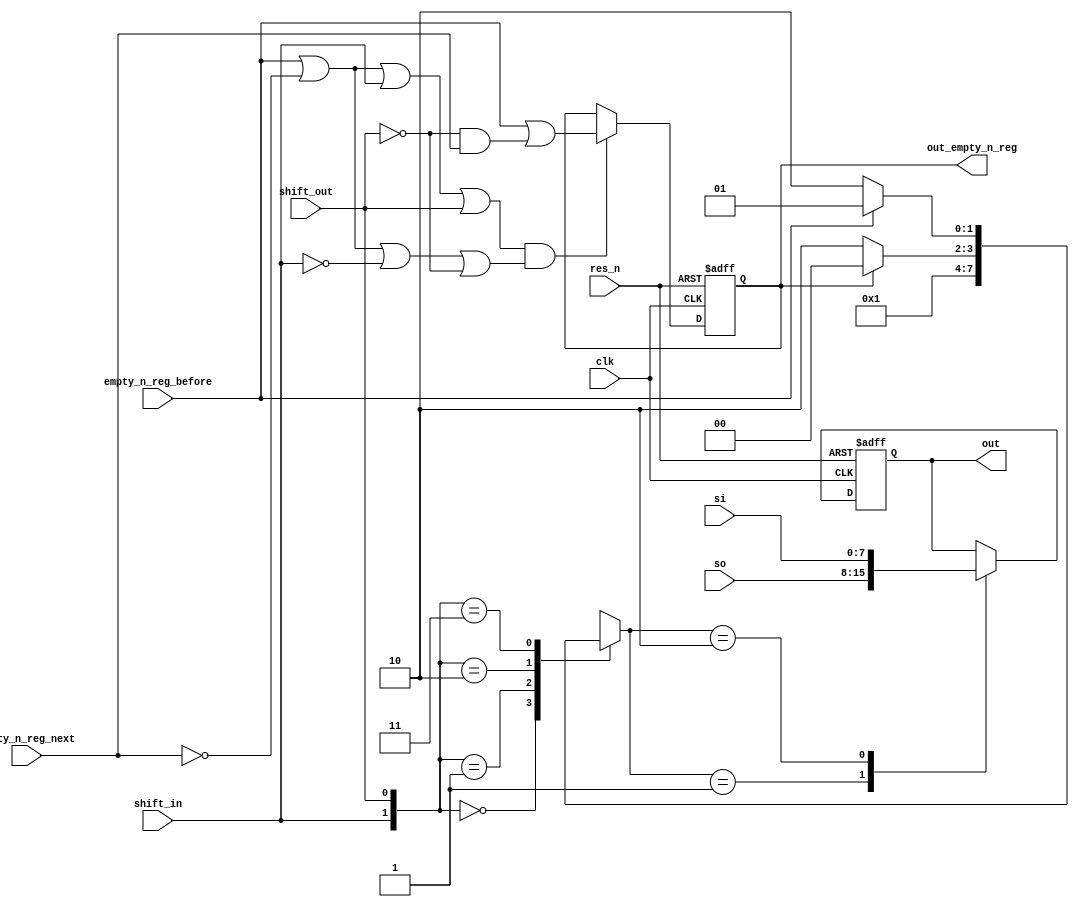

module regb_fifo_unit
#(
    parameter WIDTH = 8
)
(
    input clk,
    input res_n,
    input[WIDTH-1:0] si,
    input[WIDTH-1:0] so,
    input shift_out,
    input empty_n_reg_next,
    input empty_n_reg_before,
    input shift_in,
    output reg[WIDTH-1:0] out,
    output reg out_empty_n_reg
);
	wire empty, enable;
	reg [1:0] select;
	// f
	assign empty = empty_n_reg_before | (~shift_out & empty_n_reg_next);
	assign enable = (empty_n_reg_before | ~empty_n_reg_next | shift_in | shift_out) &
	(empty_n_reg_before | ~empty_n_reg_next | ~shift_in | ~shift_out);

   // control register
    always @(posedge clk, negedge res_n)
    begin
        if(res_n == 0)
		  begin
		      out_empty_n_reg <= 0;
		  end
		  else
		  begin
		     if(enable == 1)
			  begin
			      out_empty_n_reg <= empty;
			  end
		  end
    end

    // data multiplexer (g)
	 always @(*)
	 begin
	     case({shift_in,shift_out})
            2'b00: select <= 2'b00;
				2'b01: select <= 2'b01;
				2'b10:
				begin
					 if(out_empty_n_reg == 1)
					 begin
					     select <= 2'b00;	  
					 end
					 else
					 begin
					     select <= 2'b10;
					 end
		      end
				2'b11:
				begin
				    if(empty_n_reg_before == 1)
					 begin
					     select <= 2'b01;
					 end
					 else
					 begin
					     select <= 2'b10;
				    end
			   end
		  endcase
    end

    // data path 
    always @(posedge clk, negedge res_n)    
    begin
        if(res_n == 0)
        begin
            out <=  {WIDTH{1'b0}};
        end
        else
        begin
            case (select)
                0: out <= out; 
                1: out <= so;
                2: out <= si;
                default: out <= out;
            endcase
        end    
    end

endmodule